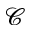
\mathcal { C }